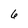
Character: 6